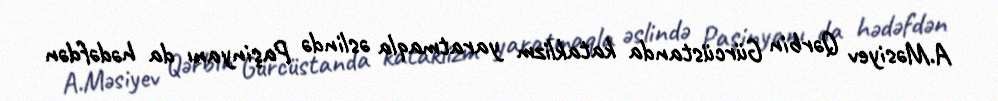
A.Məsiyev Qərbin Gürcüstanda kataklizm yaratmaqla əslində Paşinyanı da hədəfdən